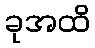
ခုအထိ